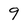
Character: 9